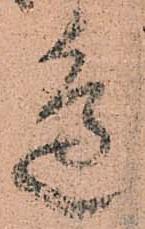
邊